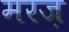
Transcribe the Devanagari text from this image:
मरज़